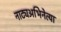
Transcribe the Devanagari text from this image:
नाट्यअभिनेत्या